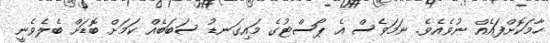
ހާމަކޮށްފައެއް ނުވެއެވެ. ނަމަވެސް އެ ޕޯސްޓުގެ މައިގަނޑު ސަބަބެއް ކަމަށް ބޮޑަށް ބެލެވެނީ